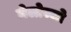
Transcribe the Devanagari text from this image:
मेलोज्जो